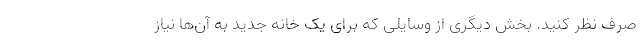
صرف نظر کنید. بخش دیگری از وسایلی که برای یک خانه جدید به آن‌ها نیاز